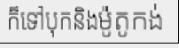
ក៏ទៅបុកនិងម៉ូតូកង់